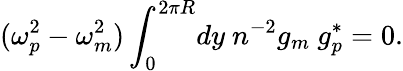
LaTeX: (\omega_{p}^{2}-\omega_{m}^{2})\int_{0}^{2\pi R}\! dy\ n^{-2}g_{m}\ g_{p}^{*}=0.